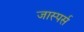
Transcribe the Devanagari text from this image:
जास्पर्स